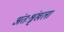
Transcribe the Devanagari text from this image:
अंतःश्रृंखला